Epidemic dropsy in Calcutta - Number 49
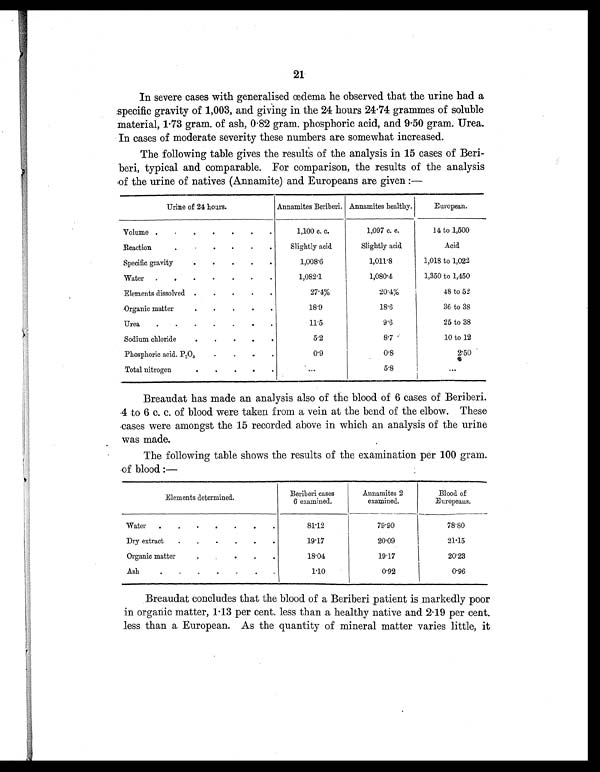
21
In severe cases with generalised œdema he observed that the urine had a
specific gravity of 1,003, and giving in the 24 hours 24.74 grammes of soluble
material, 1.73 gram. of ash, 0.82 gram. phosphoric acid, and 9.50 gram. Urea.
In cases of moderate severity these numbers are somewhat increased.
The following table gives the results of the analysis in 15 cases of Beri-
beri, typical and comparable. For comparison, the results of the analysis
of the urine of natives (Annamite) and Europeans are given :—
Urine of 24 hours.
Annamites Beriberi. Annamites healthy.
European.
Volume .
. . . . . .
1,100 c. c.
1,097 c. c.
14 to 1,500
Reaction.
.
.
.
Slightly acid
Slightly acid.
Acid
Specific gravity.
. . .
1,008.6
1,011.8
1,018 to 1,022
Water
.
.
. . . . .
1,082.1
1,080.4
1,350 to 1,450
Elements dissolved .
.
.
. .
27.4%
20.4%
48 to 52
Organic matter
.
.
.
.
18.9
18.6
36 to 38
Urea
.
.
.
.
.
.
11.5
9.6
25 to 38
Sodium chloride
.
.
.
.
5.2
8.7
10 to 12
Phosphoric acid. P205 .
.
.
0.9
0.8
2.50
Total nitrogen
. . . .
...
5.8
...
Breaudat has made an analysis also of the blood of 6 cases of Beriberi.
4 to 6 c. c. of blood were taken from a vein at the bend of the elbow. These
cases were amongst the 15 recorded above in which an analysis of the urine
was made.
The following table shows the results of the examination per 100 gram.
of blood :—
Elements determined.
Beriberi cases
6 examined.
Annamites 2
examined.
Blood of
Europeans.
Water
.
. . . . . .
81.12
79.90
78.80
Dry extract
.
.
.
.
.
.
19.17
20.09
21.15
Organic matter
.
18.04
19.17
20.23
Ash
.
.
.
.
.
.
.
1.10
0.92
0.96
Breaudat concludes that the blood of a Beriberi patient is markedly poor
in organic matter, 1.13 per cent. less than a healthy native and 2.19 per cent.
less than a European. As the quantity of mineral matter varies little, it